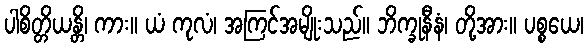
ပါစိတ္တိယန္တိ၊ ကား။ ယံ ကုလံ၊ အကြင်အမျိုးသည်။ ဘိက္ခုနီနံ၊ တို့အား။ ပစ္စယေ၊